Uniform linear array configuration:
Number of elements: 32
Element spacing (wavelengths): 1
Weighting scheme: cosine
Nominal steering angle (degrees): -60
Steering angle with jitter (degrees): -60.963
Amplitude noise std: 0.05
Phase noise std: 0.05

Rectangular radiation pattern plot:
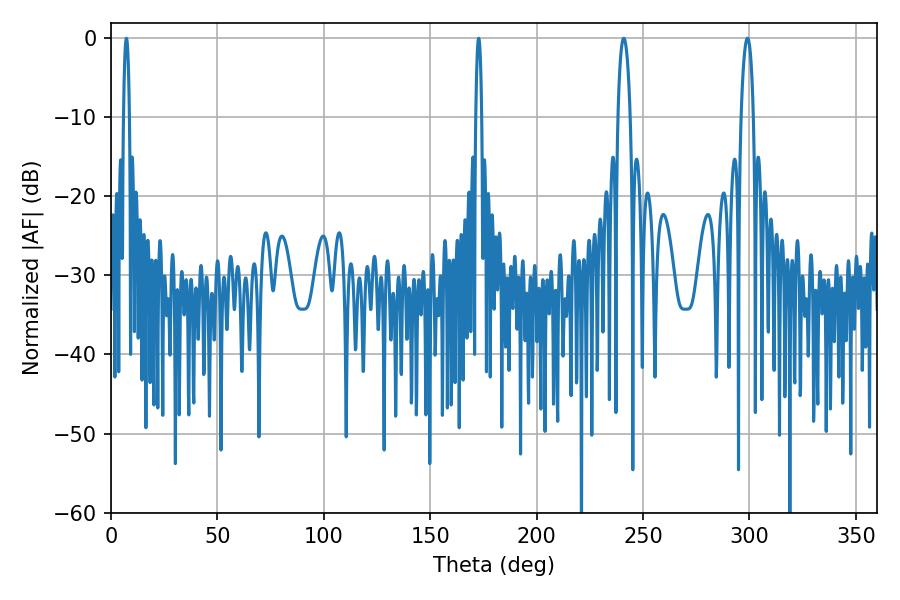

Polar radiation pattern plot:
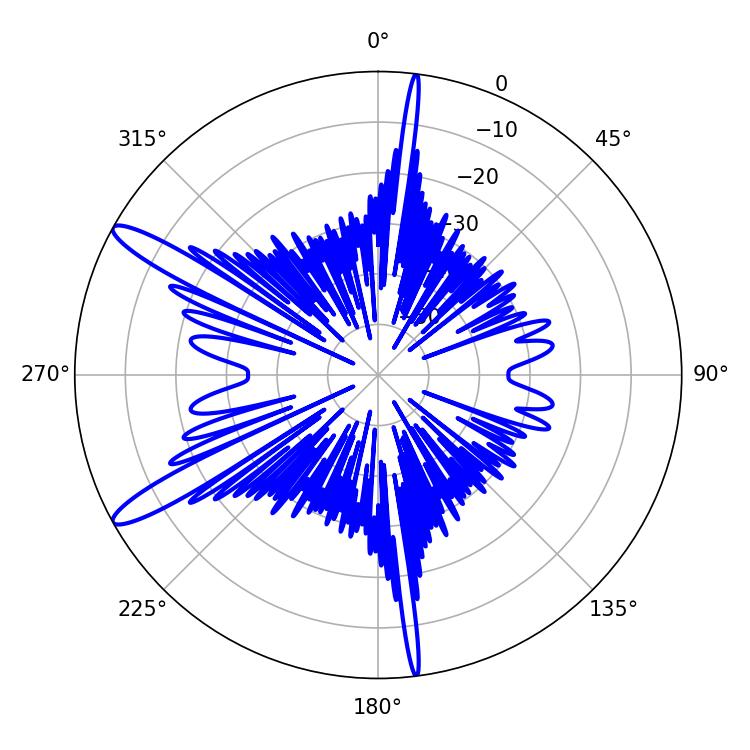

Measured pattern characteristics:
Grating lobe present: TRUE
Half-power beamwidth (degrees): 1.44
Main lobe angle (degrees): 7.2